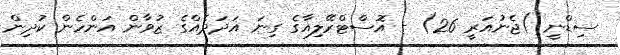
ސިޑްނީ )ޖެނުއަރީ 26) - އޮސްޓްރޭލިއާގެ ގިނަ އަދަދެއްގެ ޒުވާން އަންހެން ކުދިން